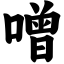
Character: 噌